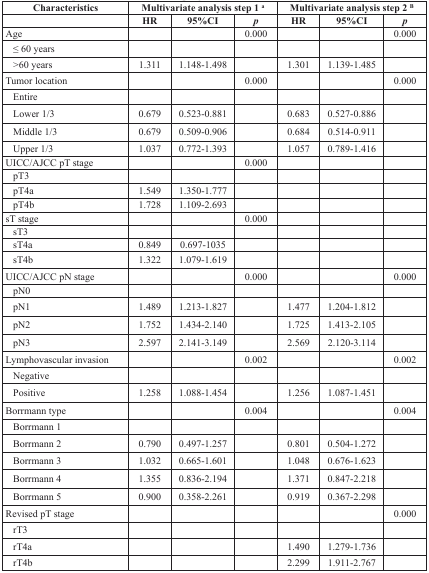
<table><thead><tr><td><b>Characteristics</b></td><td colspan="3"><b>Multivariate analysis step 1 <sup>a</sup></b></td><td colspan="3"><b>Multivariate analysis step 2 <sup>B</sup></b></td></tr><tr><td></td><td><b>HR</b></td><td><b>95%CI</b></td><td><b><i>p</i></b></td><td><b>HR</b></td><td><b>95%CI</b></td><td><b><i>p</i></b></td></tr></thead><tbody><tr><td>Age</td><td></td><td></td><td>0.000</td><td></td><td></td><td>0.000</td></tr><tr><td>≤ 60 years</td><td></td><td></td><td></td><td></td><td></td><td></td></tr><tr><td>&gt;60 years</td><td>1.311</td><td>1.148-1.498</td><td></td><td>1.301</td><td>1.139-1.485</td><td></td></tr><tr><td>Tumor location</td><td></td><td></td><td>0.000</td><td></td><td></td><td>0.000</td></tr><tr><td>Entire</td><td></td><td></td><td></td><td></td><td></td><td></td></tr><tr><td>Lower 1/3</td><td>0.679</td><td>0.523-0.881</td><td></td><td>0.683</td><td>0.527-0.886</td><td></td></tr><tr><td>Middle 1/3</td><td>0.679</td><td>0.509-0.906</td><td></td><td>0.684</td><td>0.514-0.911</td><td></td></tr><tr><td>Upper 1/3</td><td>1.037</td><td>0.772-1.393</td><td></td><td>1.057</td><td>0.789-1.416</td><td></td></tr><tr><td>UICC/AJCC pT stage</td><td></td><td></td><td>0.000</td><td></td><td></td><td></td></tr><tr><td>pT3</td><td></td><td></td><td></td><td></td><td></td><td></td></tr><tr><td>pT4a</td><td>1.549</td><td>1.350-1.777</td><td></td><td></td><td></td><td></td></tr><tr><td>pT4b</td><td>1.728</td><td>1.109-2.693</td><td></td><td></td><td></td><td></td></tr><tr><td>sT stage</td><td></td><td></td><td>0.000</td><td></td><td></td><td></td></tr><tr><td>sT3</td><td></td><td></td><td></td><td></td><td></td><td></td></tr><tr><td>sT4a</td><td>0.849</td><td>0.697-1035</td><td></td><td></td><td></td><td></td></tr><tr><td>sT4b</td><td>1.322</td><td>1.079-1.619</td><td></td><td></td><td></td><td></td></tr><tr><td>UICC/AJCC pN stage</td><td></td><td></td><td>0.000</td><td></td><td></td><td>0.000</td></tr><tr><td>pN0</td><td></td><td></td><td></td><td></td><td></td><td></td></tr><tr><td>pN1</td><td>1.489</td><td>1.213-1.827</td><td></td><td>1.477</td><td>1.204-1.812</td><td></td></tr><tr><td>pN2</td><td>1.752</td><td>1.434-2.140</td><td></td><td>1.725</td><td>1.413-2.105</td><td></td></tr><tr><td>pN3</td><td>2.597</td><td>2.141-3.149</td><td></td><td>2.569</td><td>2.120-3.114</td><td></td></tr><tr><td>Lymphovascular invasion</td><td></td><td></td><td>0.002</td><td></td><td></td><td>0.002</td></tr><tr><td>Negative</td><td></td><td></td><td></td><td></td><td></td><td></td></tr><tr><td>Positive</td><td>1.258</td><td>1.088-1.454</td><td></td><td>1.256</td><td>1.087-1.451</td><td></td></tr><tr><td>Borrmann type</td><td></td><td></td><td>0.004</td><td></td><td></td><td>0.004</td></tr><tr><td>Borrmann 1</td><td></td><td></td><td></td><td></td><td></td><td></td></tr><tr><td>Borrmann 2</td><td>0.790</td><td>0.497-1.257</td><td></td><td>0.801</td><td>0.504-1.272</td><td></td></tr><tr><td>Borrmann 3</td><td>1.032</td><td>0.665-1.601</td><td></td><td>1.048</td><td>0.676-1.623</td><td></td></tr><tr><td>Borrmann 4</td><td>1.355</td><td>0.836-2.194</td><td></td><td>1.371</td><td>0.847-2.218</td><td></td></tr><tr><td>Borrmann 5</td><td>0.900</td><td>0.358-2.261</td><td></td><td>0.919</td><td>0.367-2.298</td><td></td></tr><tr><td>Revised pT stage</td><td></td><td></td><td></td><td></td><td></td><td>0.000</td></tr><tr><td>rT3</td><td></td><td></td><td></td><td></td><td></td><td></td></tr><tr><td>rT4a</td><td></td><td></td><td></td><td>1.490</td><td>1.279-1.736</td><td></td></tr><tr><td>rT4b</td><td></td><td></td><td></td><td>2.299</td><td>1.911-2.767</td><td></td></tr></tbody></table>